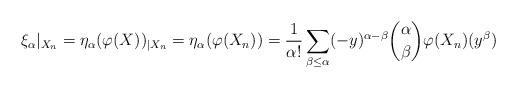
LaTeX: \begin{align*}\xi_\alpha |_{X_n} = \eta_\alpha( \varphi(X) )_{|X_n} = \eta_\alpha( \varphi(X_n) )=\frac{1}{\alpha!}\sum_{\beta\leq \alpha} (-y)^{\alpha - \beta} \binom{\alpha}{\beta} \varphi(X_n)(y^\beta) \end{align*}